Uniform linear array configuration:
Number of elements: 16
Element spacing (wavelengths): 0.75
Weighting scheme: blackman
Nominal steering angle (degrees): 30
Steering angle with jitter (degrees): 28.578
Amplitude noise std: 0.05
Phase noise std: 0.05

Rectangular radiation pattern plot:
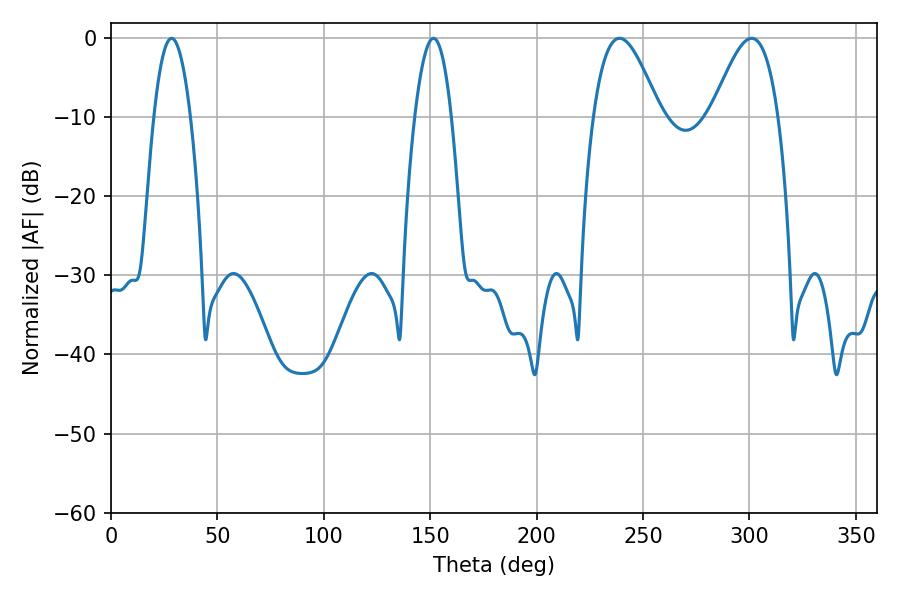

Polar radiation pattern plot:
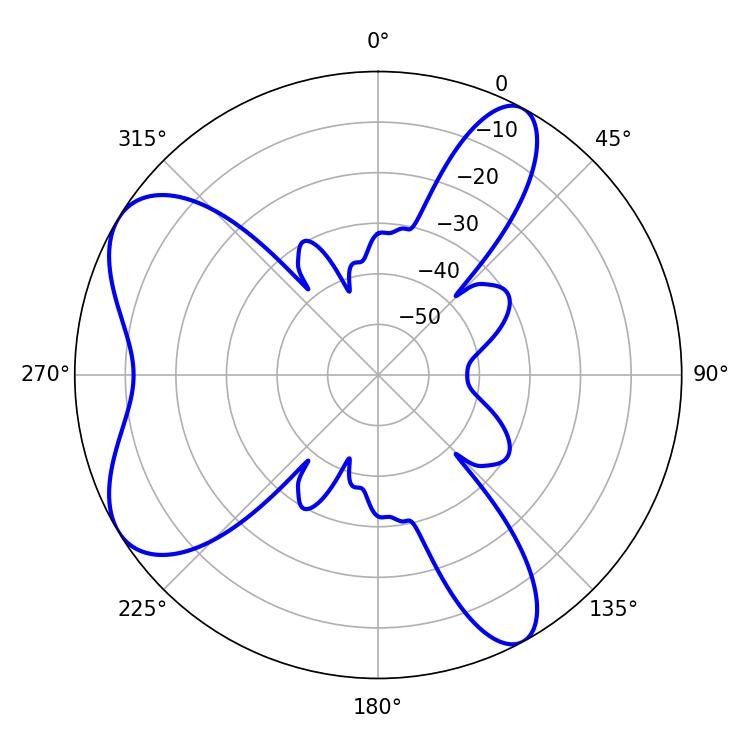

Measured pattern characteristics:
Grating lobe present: TRUE
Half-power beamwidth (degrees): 9.54
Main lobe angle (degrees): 28.44